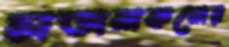
চাতালকলের